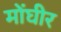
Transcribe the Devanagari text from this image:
मोंघीर